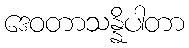
ဒေဝတာသန္နိပါတာ